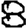
Digit: 8